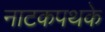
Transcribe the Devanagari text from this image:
नाटकपथके